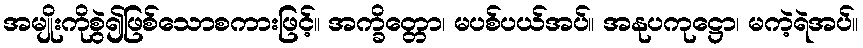
အမျိုးကိုစွဲ၍ဖြစ်သောစကားဖြင့်။ အက္ခိတ္တော၊ မပစ်ပယ်အပ်။ အနုပကုဋ္ဌော၊ မကဲ့ရဲအပ်။